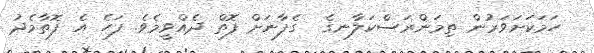
ހަމަކަށަވަރުން ތިމަންރަސްކަލާނގެ  ގެފާނަށް ފޮތް ދެއްވީމެވެ. ފަހެ އެ ފޮތާމެދު